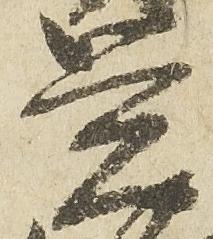
覚